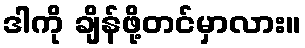
ဒါကို ချိန်ဖို့တင်မှာလား။